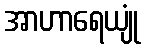
အာဟာရေယျုံ